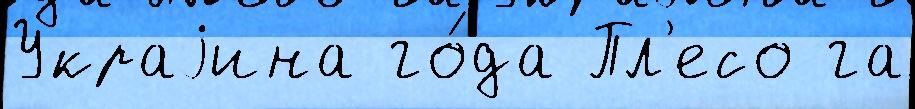
Украjина го́да Пл'есо га